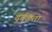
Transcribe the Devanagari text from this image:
दुर्बळता